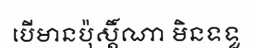
បើមានប៉ុស្តិ៍ណា មិនទទួ